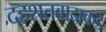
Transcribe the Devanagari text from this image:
दहशतवादाकडे